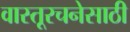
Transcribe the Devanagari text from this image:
वास्तूरचनेसाठी